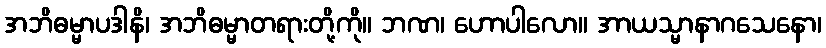
အဘိဓမ္မာပဒါနိ၊ အဘိဓမ္မာတရားတို့ကို။ ဘဏ၊ ဟောပါလော။ အာယသ္မာနာဂသေနော၊